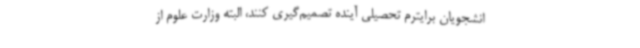
انشجویان برایترم تحصیلی آینده تصمیم‌گیری کنند، البته وزارت علوم از